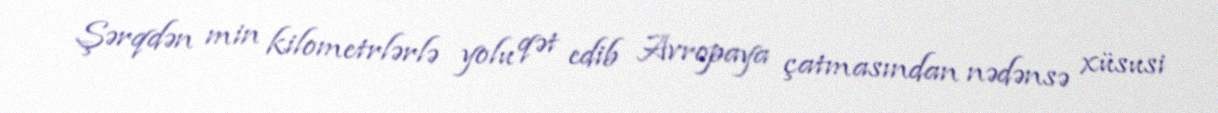
Şərqdən min kilometrlərlə yolu qət edib Avropaya çatmasından nədənsə xüsusi